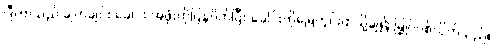
ဂျီတာသည် ချက်ချင်း ခေါင်း အဖုံးကိုပြန်ပိတ်ပြီး ခေါင်းကိုမြေတွင်းထဲသို့ချ၍ မြှုပ်ပစ်လိုက်သည်။